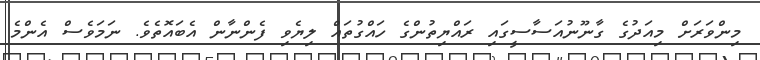
މިންވަރަށް މިއަދުގެ ގާނޫނުއަސާސީގައި ރައްޔިތުންގެ ހައްގުތައް ލިޔެވި ފެންނާން އެބައޮތެވެ. ނަމަވެސް އެންމެ